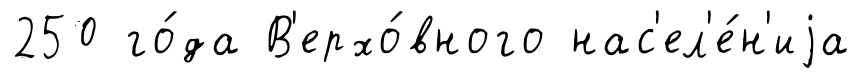
250 го́да В'ерхо́вного нас'ел'е́н'иjа